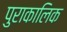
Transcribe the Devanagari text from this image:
पुराकालिक